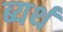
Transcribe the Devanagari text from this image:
ब्यर्थ